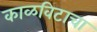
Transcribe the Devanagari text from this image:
काळविटाचा